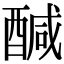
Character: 醎